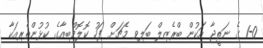
1-0 ގެ ނަތީޖާ އަކުން ބްރެޒިލް ބަލިވި މެޗަށް ފަހު ކޮލޮމްބިއާގެ ކުޅުންތެރިއަކާ